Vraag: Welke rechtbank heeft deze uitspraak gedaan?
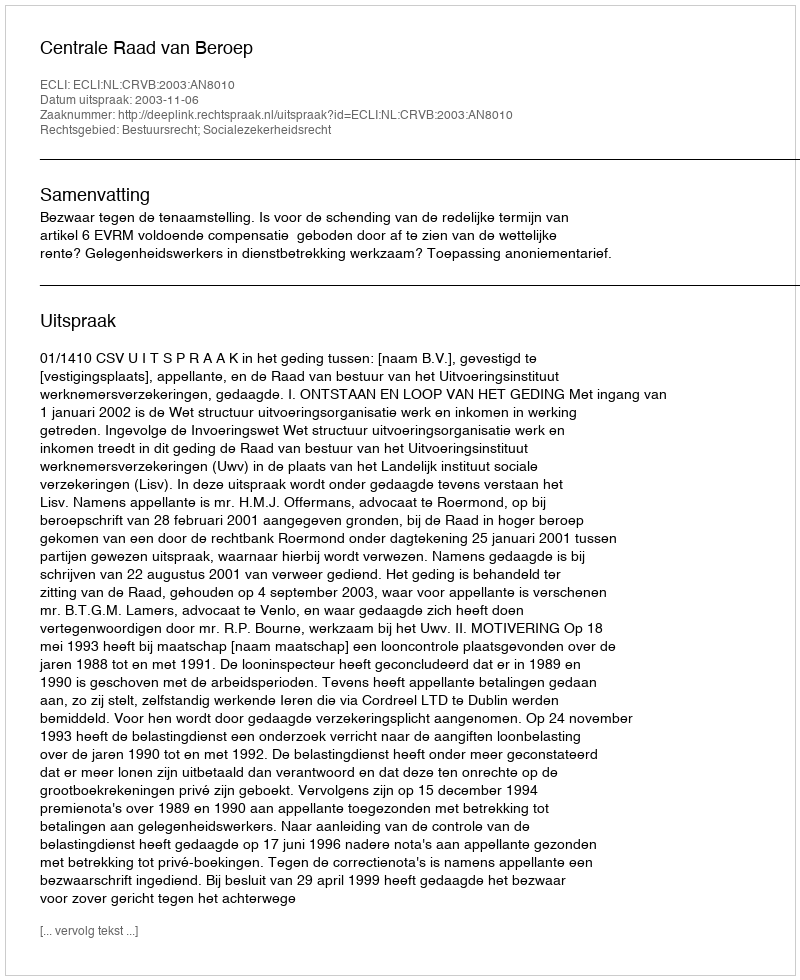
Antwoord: Centrale Raad van Beroep